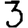
Digit: 3